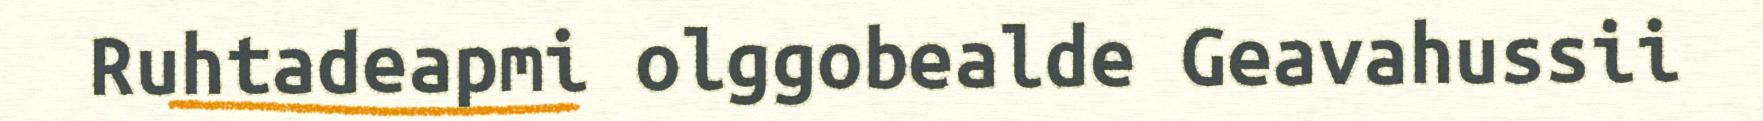
Ruhtadeapmi olggobealde Geavahussii